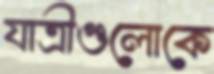
যাত্রীগুলোকে